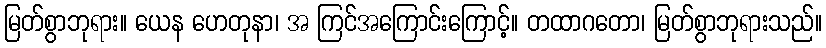
မြတ်စွာဘုရား။ ယေန ဟေတုနာ၊ အ ကြင်အကြောင်းကြောင့်။ တထာဂတော၊ မြတ်စွာဘုရားသည်။